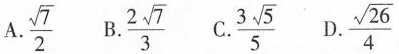
A.\frac{\sqrt{7}}{2} B.\frac{2 \sqrt{7}}{3} C.\frac{3 \sqrt{5}}{5} D.\frac{\sqrt{26}}{4}